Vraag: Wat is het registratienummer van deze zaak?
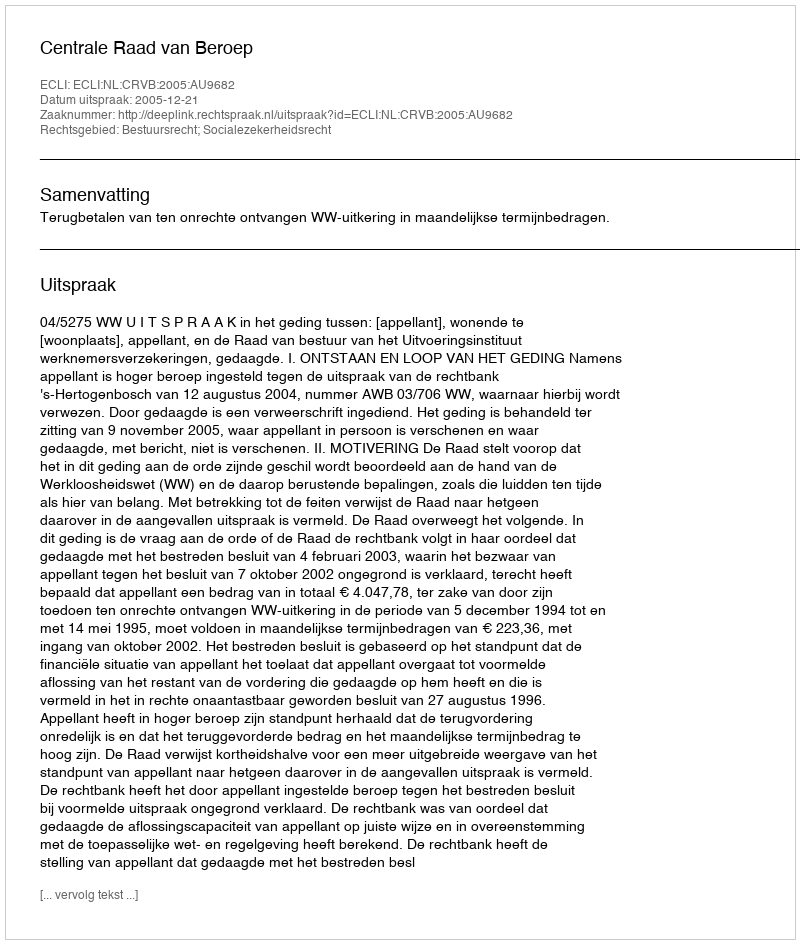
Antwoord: http://deeplink.rechtspraak.nl/uitspraak?id=ECLI:NL:CRVB:2005:AU9682